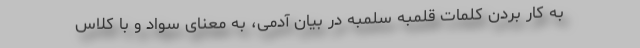
به کار بردن کلمات قلمبه سلمبه در بیان آدمی، به معنای سواد و با کلاس